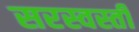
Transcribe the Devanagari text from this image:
सरस्वस्ती